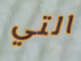
التي